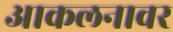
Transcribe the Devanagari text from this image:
आकलनावर